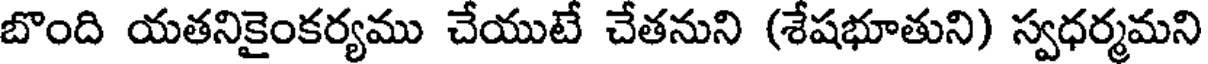
బొంది యతనికైంకర్యము చేయుటే చేతనుని (శేషభూతుని) స్వధర్మమని